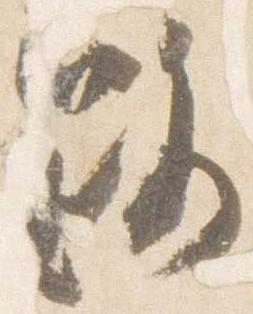
路